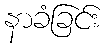
နာခံခြင်း